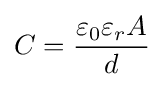
C={\dfrac {\varepsilon _{0}\varepsilon _{r}A}{d}}